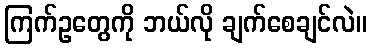
ကြက်ဥတွေကို ဘယ်လို ချက်စေချင်လဲ။